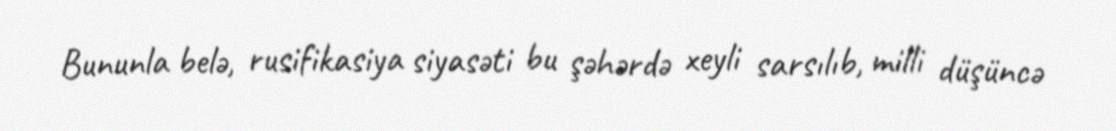
Bununla belə, rusifikasiya siyasəti bu şəhərdə xeyli sarsılıb, milli düşüncə